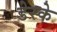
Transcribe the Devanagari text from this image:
डेस्के